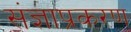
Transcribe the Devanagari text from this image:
संज्ञाप्रकरण